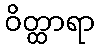
ဝိတ္ထာရာ